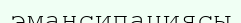
эмансипациясы